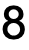
8